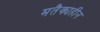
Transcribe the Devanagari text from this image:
मतैक्यहीन